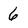
Character: 6